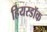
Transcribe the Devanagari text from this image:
हियरडॉक